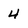
Character: 4